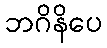
ဘဂိနိပေ